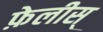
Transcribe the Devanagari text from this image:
फ़ेलीस्